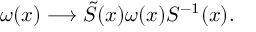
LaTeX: \omega ( x ) \longrightarrow \tilde { S } ( x ) \omega ( x ) S ^ { - 1 } ( x ) .